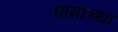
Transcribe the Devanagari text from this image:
घामाच्या